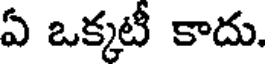
ఏ ఒక్కటీ కాదు.